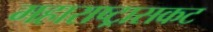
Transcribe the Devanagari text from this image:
महाराष्ट्रासकट